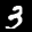
Label: 3